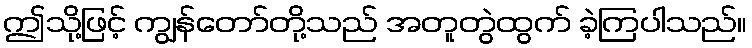
ဤသို့ဖြင့် ကျွန်တော်တို့သည် အတူတွဲထွက် ခဲ့ကြပါသည်။